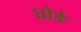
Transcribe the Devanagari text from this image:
घोङे